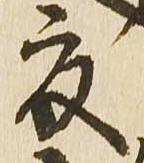
夏